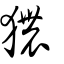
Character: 㺜